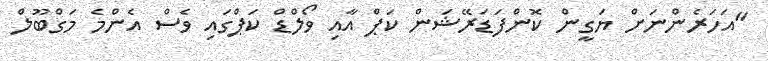
"އަހަރެންނަށް ޔަގީން ކޮންފަޑަރޭޝަން ކަޕް އާއި ވޯލްޑް ކަޕްގައި ވެސް އެންމެ މަގްބޫލް